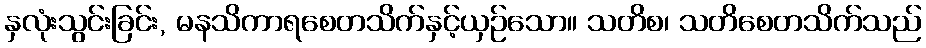
နှလုံးသွင်းခြင်း, မနသိကာရစေတသိက်နှင့်ယှဉ်သော။ သတိစ၊ သတိစေတသိက်သည်